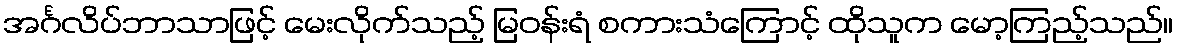
အင်္ဂလိပ်ဘာသာဖြင့် မေးလိုက်သည့် မြဝန်းရံ စကားသံကြောင့် ထိုသူက မော့ကြည့်သည်။